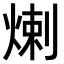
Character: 𤊶